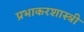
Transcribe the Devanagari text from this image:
प्रभाकरशास्त्री